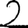
Digit: 2